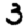
Digit: 3